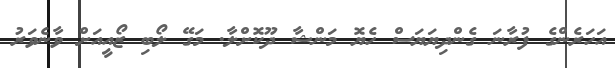
އަަހަރެންގެ ފުރާނަ ގެންދިޔަޔަސް ހެޔޮ މަންޝާ ދޫކޮށްލާ. މަގޭ ލޯބި ޒޯއީއަށް ވާނެވަރު